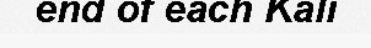
end of each Kali